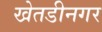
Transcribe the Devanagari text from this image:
खेतडीनगर